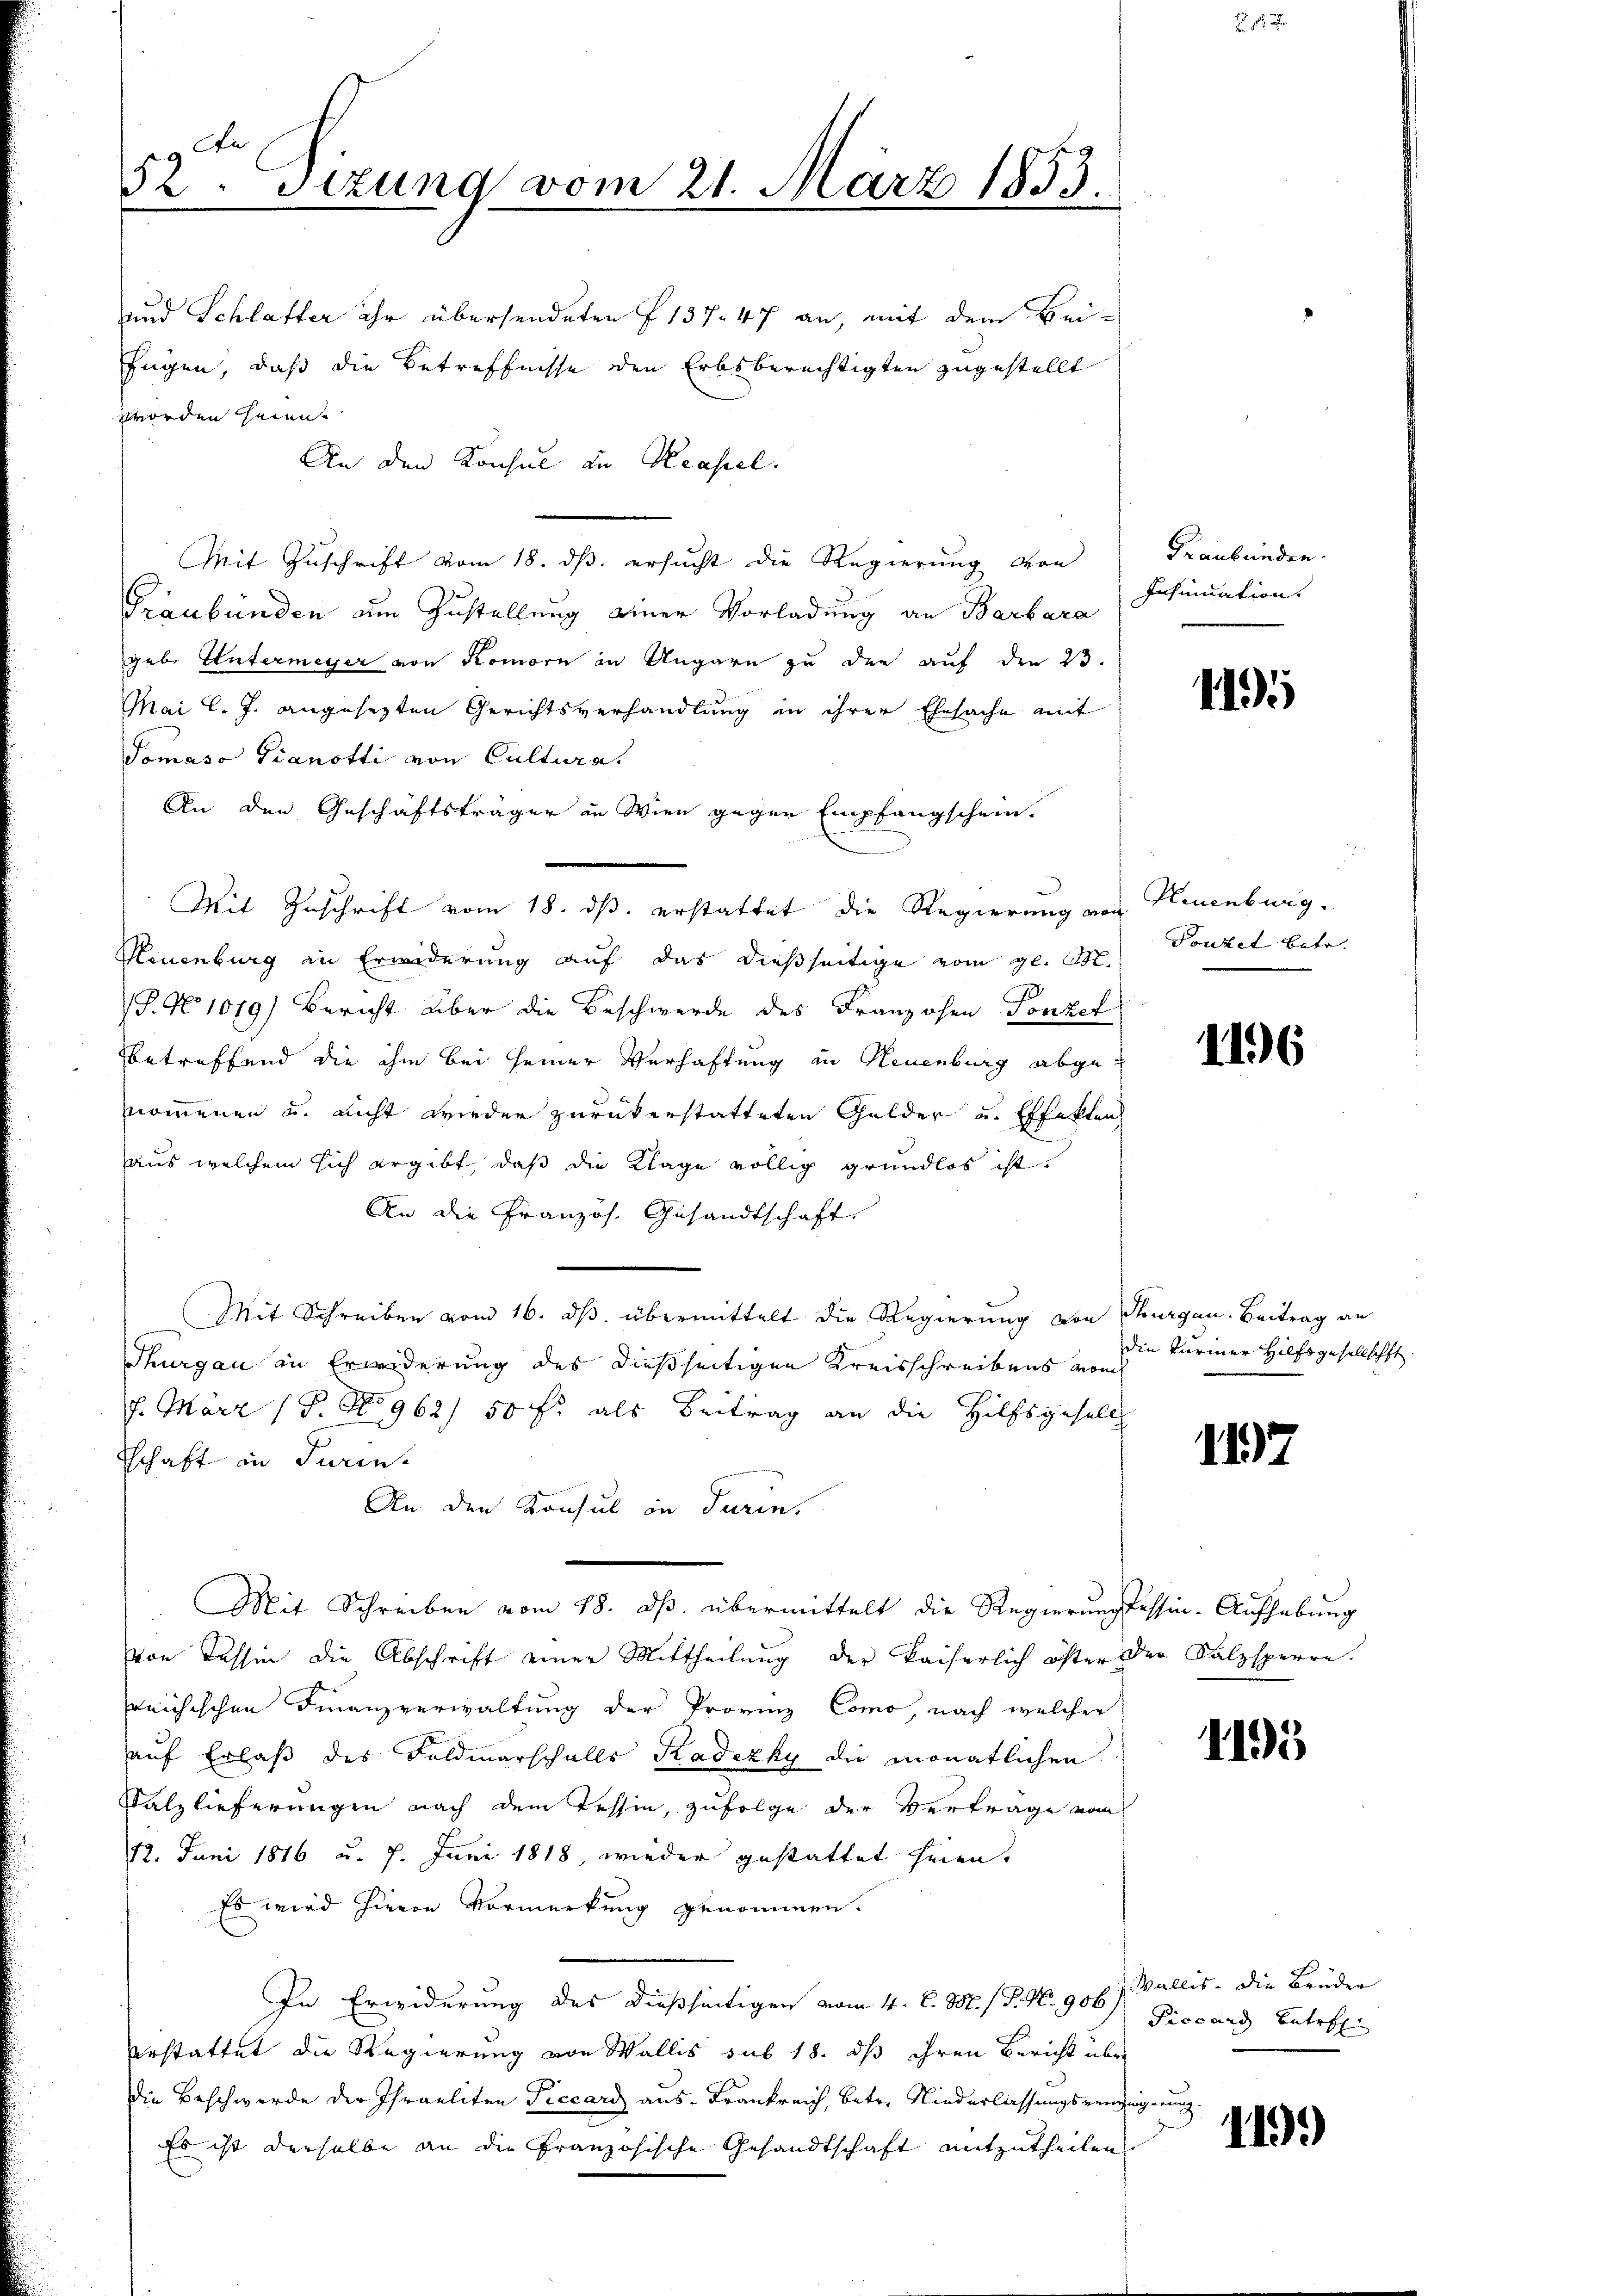
52te Sizung vom 21. März 1853.

und Schlatter ihr übersendeten I 137. 47 an, mit dem Beifügen, daß die Betreffnisse den Erbsberechtigten zugestellt
worden heime
An den Konsul in Krassel.
Mit Zuschrift vom 18. ds. ersucht die Regierung von Graubünden.
Graubünden um Zustellung einer Vorladung an Barbara
gab. Untermeyer von Komorn in Ungarn zu der auf den 23.
Mai l. J. angesezten Gerichtsverhandlung in ihrer Ehesache mit
Tomaso Pianotti von Cultura.
An den Geschäftsträger in Wien gegen Empfangschein.
Mit Zuschrift vom 18. ds. erstattet die Regierung von Neuenburg.
Neuenburg in Erwiderung auf das dießseitige vom gl. M.
S. No 1019) Bericht über die Beschwerde des Franzosen Tonzel
betreffend die ihm bei seiner Verhaftung in Neuenburg abgenommenen u. nicht wieder zurückerstatteten Gelder und Effekten
aus welchem sich ergibt, daß die Klage völlig grundlos ist.
An die Französ. Gesandtschaft
Mit Schreiben vom 16. ds. übermittelt die Regierung von Thurgau. Beitrag an
Thurgau in Erwiderung des dießseitigen Kreisschreibens vom
7. März (S. No 962) 50 fl als Beitrag an die Hilfsgesells
tschaft in Turin
An den Konsul in darin.
Mit Schreiben vom 18. ds. übermittelt die Regierungsessin-Aufhebung
von Tessin die Abschrift einer Mittheilung der kaiserlich öfter der Salzsperre.
reichischen Finanzverwaltung der Provinz Como, nach welcher
auf Erlaß des Feldmarschalls Kadezky die monatlichen
Valzlieferungen nach dem Tessin, zufolge der Verträge vom
12. Juni 1816 u. 7. Juni 1818, wieder gestattet seien.
Es wird hievon Vormerkung genommen.
In Erwiderung des dießseitigen vom 4. d. M. s P. Nr. 906) Wallis, die Brüder
rstattet die Regierung von Wallis sub 18. dß ihren Bericht über
die Beschwerde der Israeliten Piccard aus-Frankreich, betr. Niederlassungsverzeigerung.
Es ist derselbe an die Französische Gesandtschaft mitzutheilen

Insinuation.

1195

Towzet betr.

1196

die Turiner Hilfsgesellschft

1197

1195

Piccard Betre

1191)